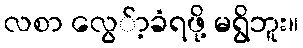
လစာ လွေ်ာ့ခံရဖို့ မရွိဘူး။